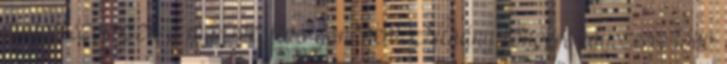
megsokszorozza a már meglévő gondokat. Néhány főnökre egyszerre több